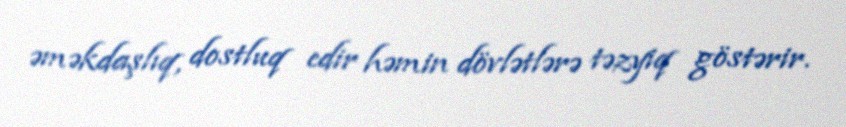
əməkdaşlıq, dostluq edir həmin dövlətlərə təzyiq göstərir.